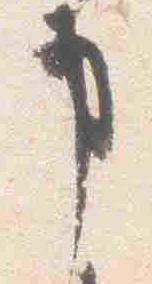
事